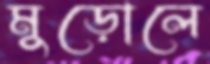
মুড়োলে